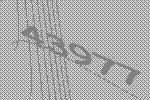
43977